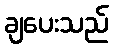
ချပေးသည်